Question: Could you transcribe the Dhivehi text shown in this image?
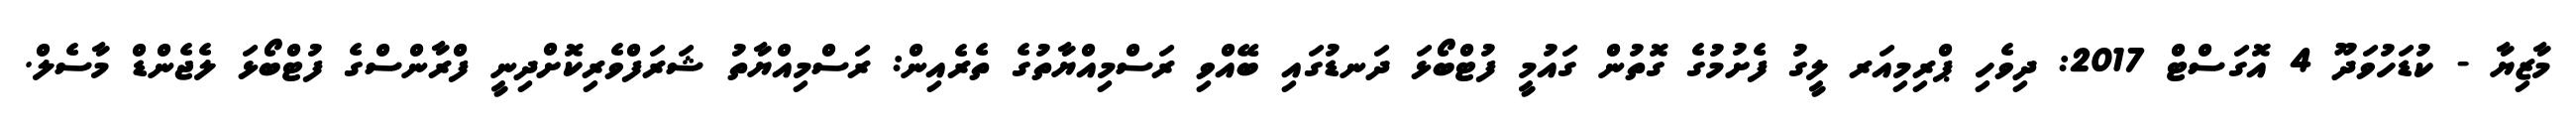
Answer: މާޒިޔާ - ކުޑަހުވަދޫ 4 އޮގަސްޓް 2017: ދިވެހި ޕްރިމިއަރ ލީގު ފެށުމުގެ ގޮތުން ގައުމީ ފުޓްބޯޅަ ދަނޑުގައި ބޭއްވި ރަސްމިއްޔާތުގެ ތެރެއިން: ރަސްމިއްޔާތު ޝަރަފްވެރިކޮށްދިނީ ފްރާންސްގެ ފުޓްބޯޅަ ލެޖެންޑް މާސެލް.